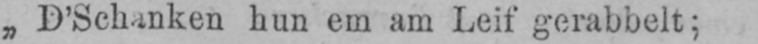
„D’Schanken hun em am Leif gerabbelt;